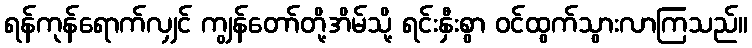
ရန်ကုန်ရောက်လျှင် ကျွန်တော်တို့အိမ်သို့ ရင်းနှီးစွာ ဝင်ထွက်သွားလာကြသည်။